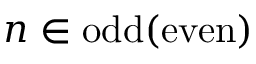
n \in \mathrm { o d d } ( \mathrm { e v e n } )